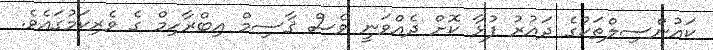
ކައުންސިލްތަކުގެ ދައުރު ފުޅާ ކޮށް ދެއްވަނީ ވެސް ޤާސިމް އިބްރާހިމް ގެ ވެރިކަމުގައެވެ.